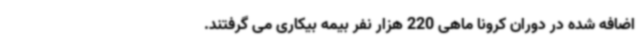
اضافه شده در دوران کرونا ماهی 220 هزار نفر بیمه بیکاری می گرفتند.